Regulations for the medical services of the Army of India
Year: 1930
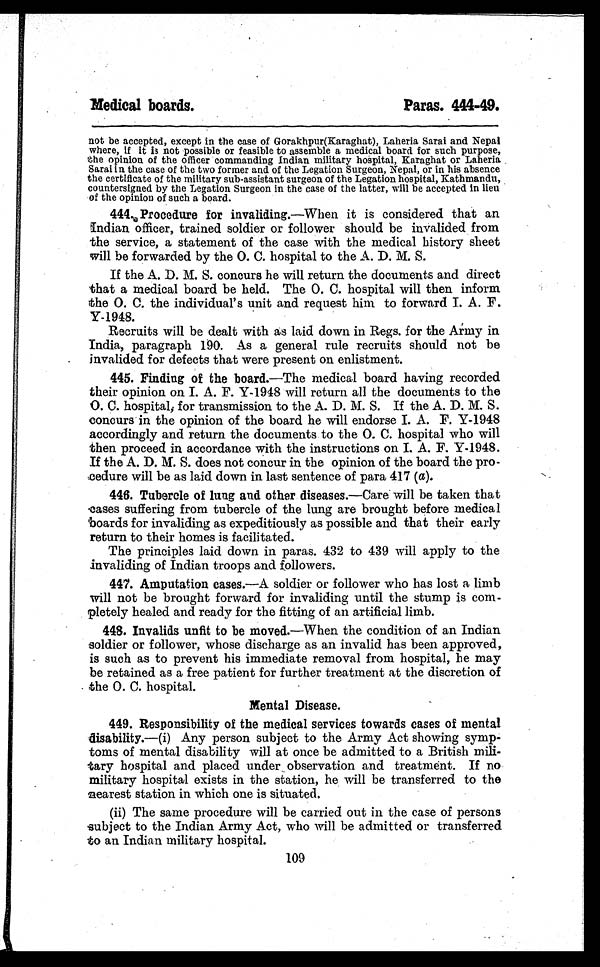
Medical boards.
Paras. 444-49.
not be accepted, except in the case of Gorakhpur(Karaghat), Laheria Sarai and Nepal
where, if it is not possible or feasible to assemble a medical board for such purpose,
the opinion of the officer commanding Indian military hospital, Karaghat or Laheria
Sarai in the case of the two former and of the Legation Surgeon, Nepal, or in his absence
the certificate of the military sub-assistant surgeon of the Legation hospital, Kathmandu,
countersigned by the Legation Surgeon in the case of the latter, will be accepted in lieu
of the opinion of such a board.
444. Procedure for invaliding.—When it is considered that an
Indian officer, trained soldier or follower should be invalided from
the service, a statement of the case with the medical history sheet
will be forwarded by the O. C. hospital to the A. D. M. S.
If the A. D. M. S. concurs he will return the documents and direct
that a medical board be held. The O. C. hospital will then inform
the O. C. the individual's unit and request him to forward I. A. F.
Y-1948.
Recruits will be dealt with as laid down in Regs. for the Army in
India, paragraph 190. As a general rule recruits should not be
invalided for defects that were present on enlistment.
445. Finding of the board.—The medical board having recorded
their opinion on I. A. F. Y-1948 will return all the documents to the
O. C. hospital, for transmission to the A. D. M. S. If the A. D. M. S.
concurs in the opinion of the board he will endorse I. A. F. Y-1948
accordingly and return the documents to the O. C. hospital who will
then proceed in accordance with the instructions on I. A. F. Y-1948.
If the A. D. M. S. does not concur in the opinion of the board the pro-
cedure will be as laid down in last sentence of para 417 ( a).
446. Tubercle of lung and other diseases.—Care will be taken that
cases suffering from tubercle of the lung are brought before medical
boards for invaliding as expeditiously as possible and that their early
return to their homes is facilitated.
The principles laid down in paras. 432 to 439 will apply to the
invaliding of Indian troops and followers.
447. Amputation cases.—A soldier or follower who has lost a limb
will not be brought forward for invaliding until the stump is com-
pletely healed and ready for the fitting of an artificial limb.
448. Invalids unfit to be moved.—When the condition of an Indian
soldier or follower, whose discharge as an invalid has been approved,
is such as to prevent his immediate removal from hospital, he may
be retained as a free patient for further treatment at the discretion of
the O. C. hospital.
Mental Disease.
449. Responsibility of the medical services towards cases of mental
disability.—(i) Any person subject to the Army Act showing symp-
toms of mental disability will at once be admitted to a British mili-
tary hospital and placed under observation and treatment. If no
military hospital exists in the station, he will be transferred to the
nearest station in which one is situated.
(ii) The same procedure will be carried out in the case of persons
subject to the Indian Army Act, who will be admitted or transferred
to an Indian military hospital.
109